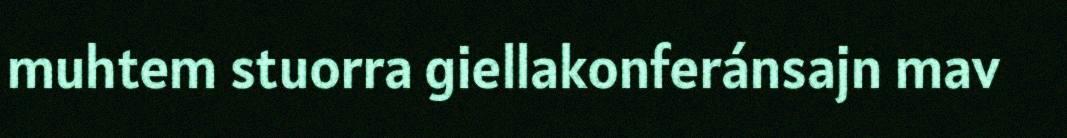
muhtem stuorra giellakonferánsajn mav